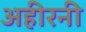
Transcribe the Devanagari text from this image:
अहीरनी